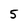
Character: 5